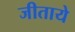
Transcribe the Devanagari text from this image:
जीताये